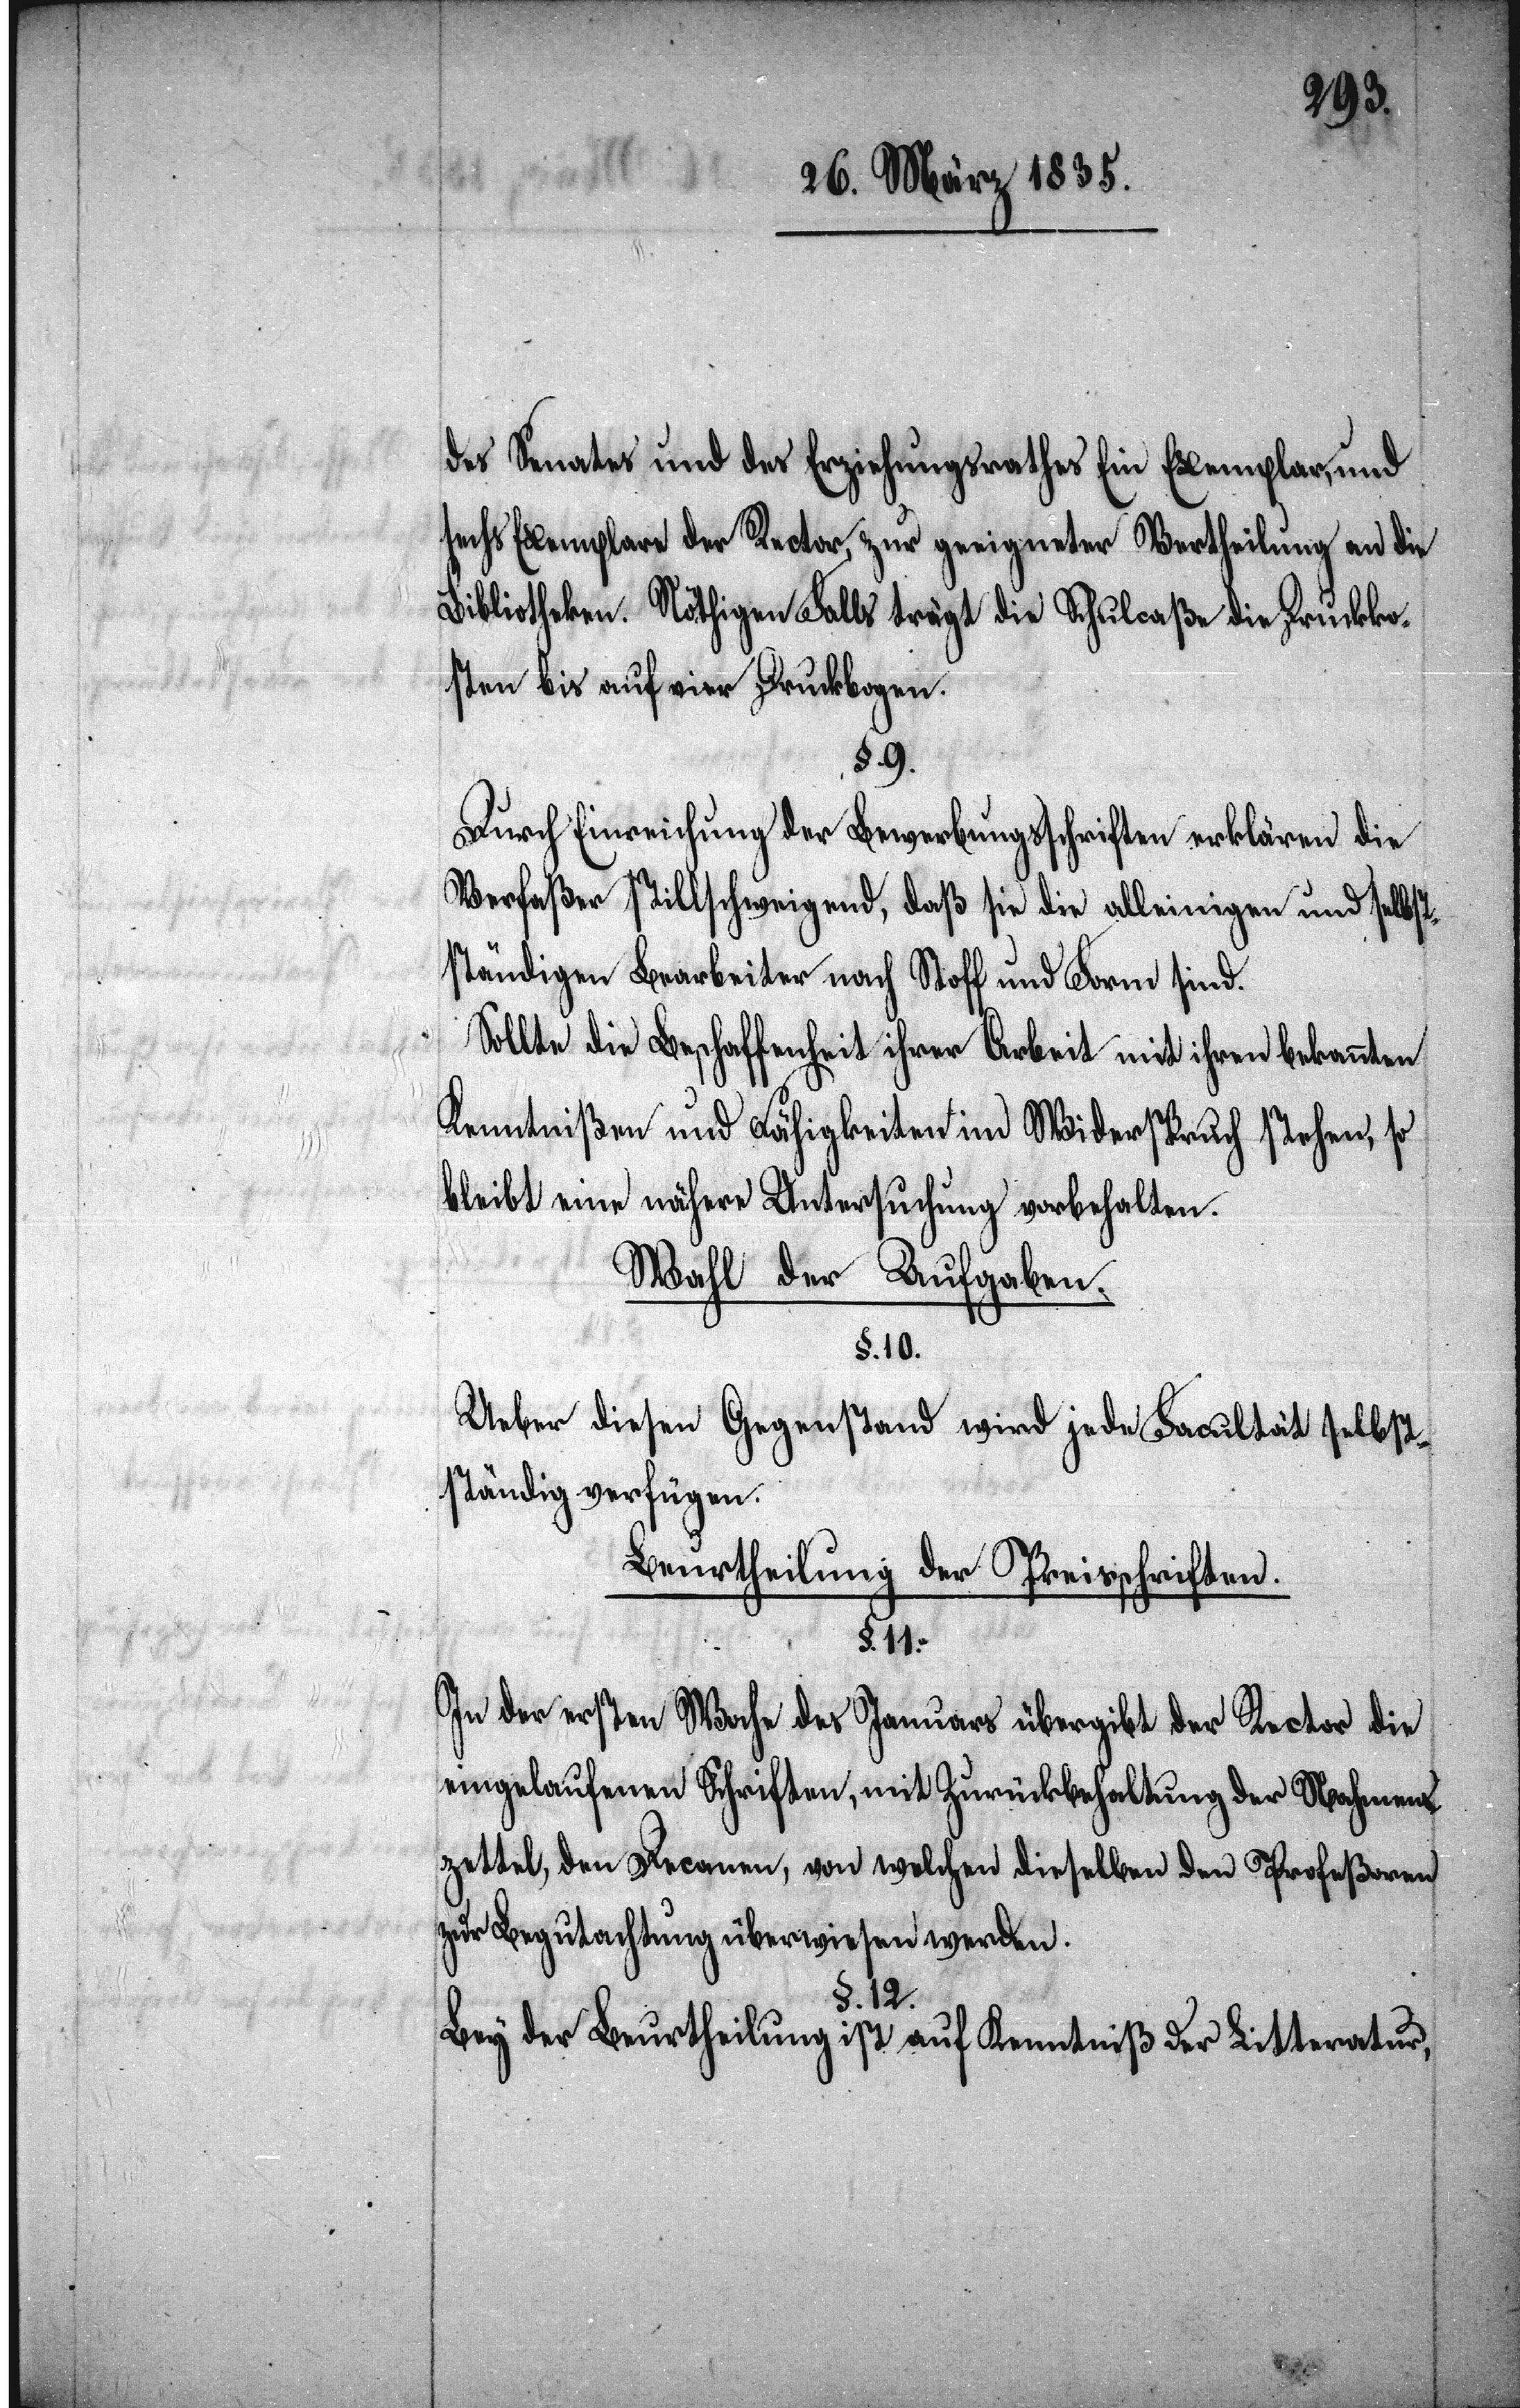
des Senates und des Erziehungsrathes Ein Exemplar, und
sechs Exemplare der Rector, zur geeigneter Vertheilung an die
Bibliotheken. Nöthigen Falls trägt die Schulcaßa die Druckko¬
sten bis auf vier Druckbogen.
§. 9.
Durch Einreichung der Bewerbungsschriften erklären die
Verfaßer stillschweigend, daß sie die alleinigen und selbst¬
ständigen Bearbeiter nach Stoff und Form sind.
Sollte die Beschaffenheit ihrer Arbeit mit ihren bekannten
Kenntnißen und Fähigkeiten im Widerspruch stehen, so
bleibt eine nähere Untersuchung vorbehalten.
Wahl der Aufgaben.
§. 10.
Ueber diesen Gegenstand wird jede Facultät selbst¬
ständig verfügen.
Beurtheilung der Preisschriften.
In der ersten Woche des Januars übergibt der Rector die
eingelaufenen Schriften, mit Zurückbehaltung der Nahmens¬
zettel, den Decanen, von welchen dieselben den Profeßoren
zur Begutachtung überwiesen werden.
§. 12.
Bey der Beurtheilung ist auf Kenntniß der Litteratur,